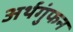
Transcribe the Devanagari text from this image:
अर्थगुंफन